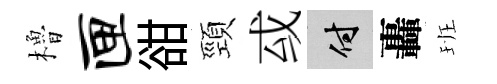
櫓匣𧮳頸㦯付轟班